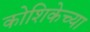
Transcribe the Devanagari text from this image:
कोशिकेच्या